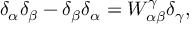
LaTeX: \delta _ { \alpha } \delta _ { \beta } - \delta _ { \beta } \delta _ { \alpha } = W _ { \alpha \beta } ^ { \gamma } \delta _ { \gamma } ,